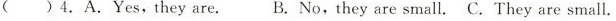
( )4.A.Yes,they are. B.No,they are small. C. They are small.